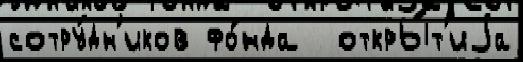
сотру́дн'иков фо́нда  откры́т'иjа